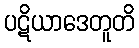
ပဋိယာဒေတူတိ